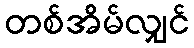
တစ်အိမ်လျှင်